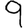
Digit: 9